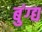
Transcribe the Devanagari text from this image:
बुंग्द्य